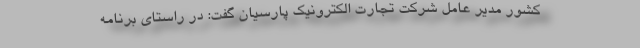
کشور مدیر عامل شرکت تجارت الکترونیک پارسیان گفت: در راستای برنامه